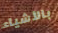
بالأشياء